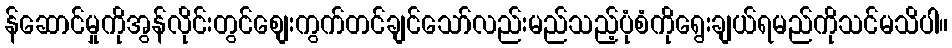
န်ဆောင်မှုကိုအွန်လိုင်းတွင်စျေးကွက်တင်ချင်သော်လည်းမည်သည့်ပုံစံကိုရွေးချယ်ရမည်ကိုသင်မသိပါ။